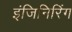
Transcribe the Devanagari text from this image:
इंजिनिरिंग